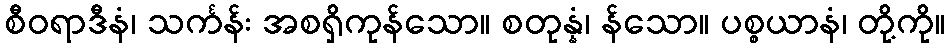
စီဝရာဒီနံ၊ သင်္ကန်း အစရှိကုန်သော။ စတုန္နံ၊ န်သော။ ပစ္စယာနံ၊ တို့ကို။